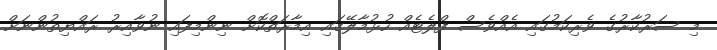
މި ސަރުކާރުގެ ވެރިކަމުގައި އެއްވެސް ފްލެޓެއް ހުޅުމާލޭގައި އިމާރަތްކޮށް ނިންމިފައި ނުވާއިރު ރައްޔިތުންނަށް